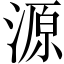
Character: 源